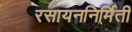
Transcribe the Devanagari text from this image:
रसायननिर्मिती